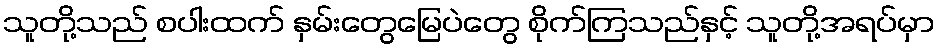
သူတို့သည် စပါးထက် နှမ်းတွေမြေပဲတွေ စိုက်ကြသည်နှင့် သူတို့အရပ်မှာ